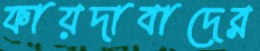
ফায়দাবাদের